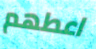
اعطهم